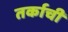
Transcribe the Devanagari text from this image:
तर्काची